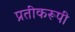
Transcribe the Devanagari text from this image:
प्रतीकरूपी